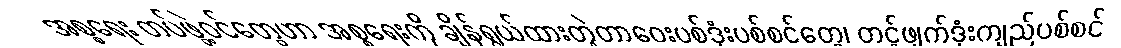
အစ္စရေး တပ်ဖွဲ့ဝင်တွေဟာ အစ္စရေးကို ချိန်ရွယ်ထားတဲ့တာဝေးပစ်ဒုံးပစ်စင်တွေ၊ တင့်ဖျက်ဒုံးကျည်ပစ်စင်